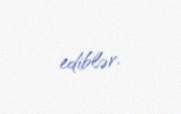
ediblər.